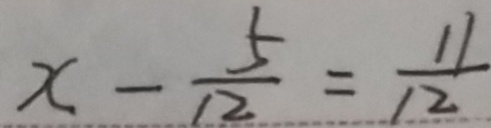
x - \frac { 5 } { 1 2 } = \frac { 1 1 } { 1 2 }